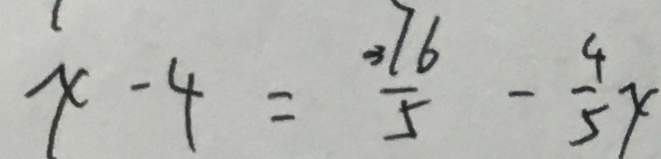
x - 4 = \frac { 3 7 6 } { 5 } - \frac { 4 } { 5 } x